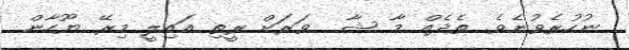
ނުހުރެވުނެވެ. ތެދެއް މާ ޝާ  ވަރަށް ރީތި އައިލީ މިރޭ ޔޫހާން